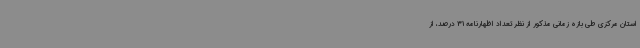
استان مرکزی طی بازه زمانی مذکور از نظر تعداد اظهارنامه 31 درصد، از